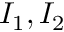
I _ { 1 } , I _ { 2 }